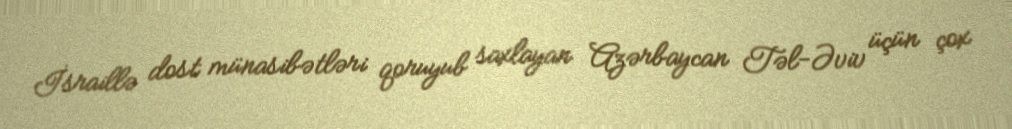
İsraillə dost münasibətləri qoruyub saxlayan Azərbaycan Təl-Əviv üçün çox